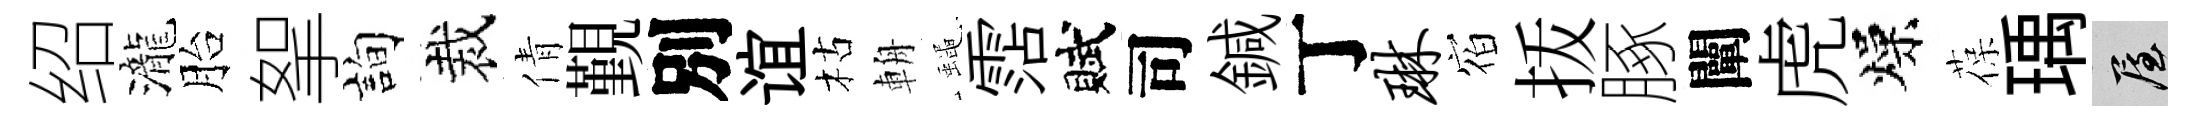
绍瀧胎挐詢裁倩覲別谊枯輈蠅霑賦司鍼丁琳𪧐㧞䐁闡虎燥葆瑀屋